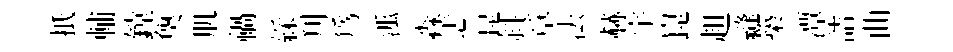
扺輔鏜奐肌禍綵刋為泒淼恚昆斜章法赫宇崑趄縫築潭詰曲